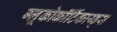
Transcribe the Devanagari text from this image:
ग्लूकोकॉर्टिकाय्ड्स